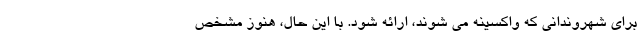
برای شهروندانی که واکسینه می شوند، ارائه شود. با این حال، هنوز مشخص